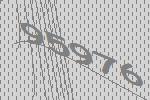
95976